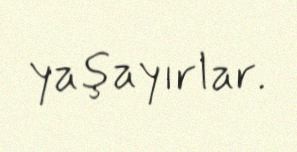
yaşayırlar.